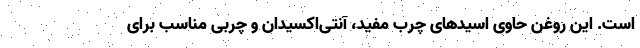
است. این روغن حاوی اسیدهای چرب مفید، آنتی‌اکسیدان و چربی مناسب برای